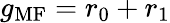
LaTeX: g_{\mathrm{MF}}=r_{0}+r_{1}